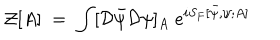
LaTeX: { \mathcal Z } [ A ] \; = \; \int [ { \mathcal D } { \bar { \psi } } { \mathcal D } \psi ] _ { A } \; e ^ { i S _ { F } [ { \bar { \psi } } , \psi ; A ] }